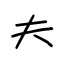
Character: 夫